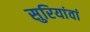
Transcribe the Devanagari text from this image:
सुरियांवां